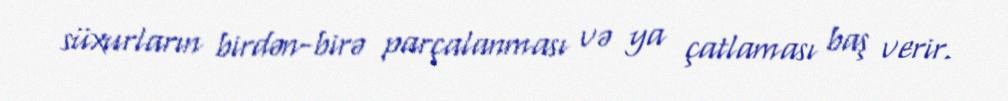
süxurların birdən-birə parçalanması və ya çatlaması baş verir.